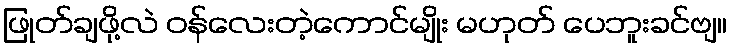
ဖြုတ်ချဖို့လဲ ဝန်လေးတဲ့ကောင်မျိုး မဟုတ် ပေဘူးခင်ဗျ။